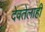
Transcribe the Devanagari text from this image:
देवतेलाही